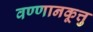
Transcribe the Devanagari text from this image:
वण्णानकूत्तु